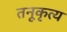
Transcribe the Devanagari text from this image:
तनूकृत्य